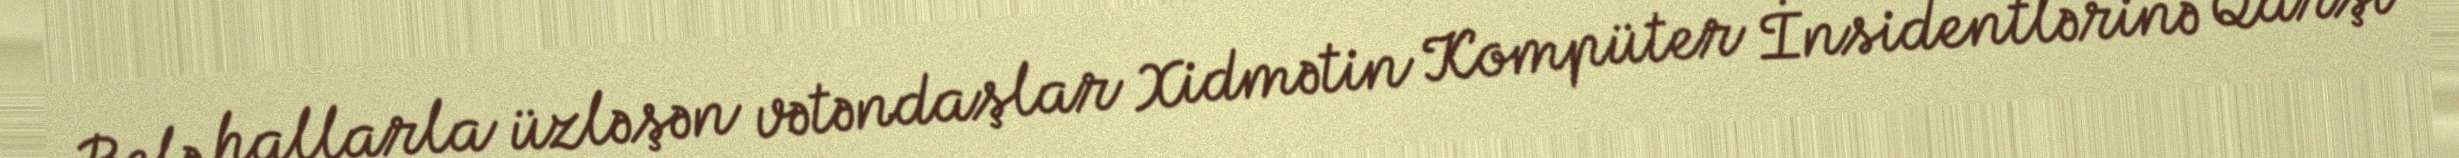
Belə hallarla üzləşən vətəndaşlar Xidmətin Kompüter İnsidentlərinə Qarşı